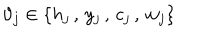
\vartheta _ { j } \in \{ h _ { j } \, , \, y _ { j } \, , \, c _ { j } \, , \, w _ { j } \}